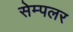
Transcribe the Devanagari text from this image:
सेम्पलर